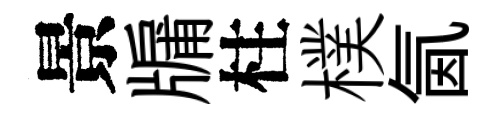
景牖柱樸氤